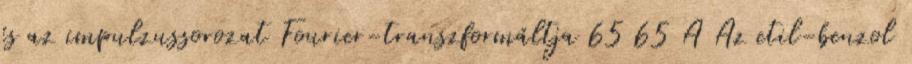
és az impulzussorozat Fourier-transzformáltja 65 65 A Az etil-benzol